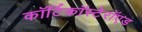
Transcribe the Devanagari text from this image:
कॉर्टिकॉस्टेरॉएड